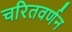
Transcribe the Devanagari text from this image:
चरितवर्णन